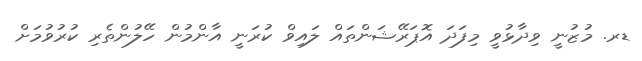
ޑރ. މުޒުނީ ވިދާޅުވީ މިފަދަ އޮޕަރޭޝަންތައް ލައިވް ކުރަނީ އާންމުން ހޭލުންތެރި ކުރުވުމަށް